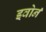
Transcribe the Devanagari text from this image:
इवोर्न